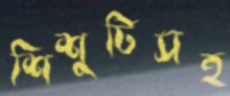
শিশুটিসহ